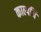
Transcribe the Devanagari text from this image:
काल्पनि